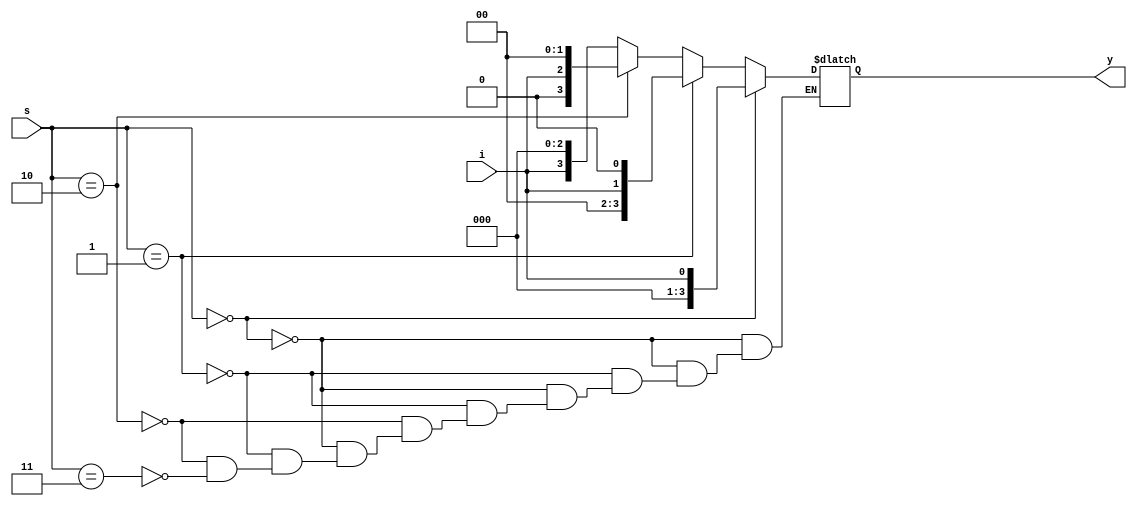
module _14mux(
  input [1:0] s,
  input i,
  // output [3:0] y
  output reg [3:0] y
);

  // assign y[0] = i & ~s[1] & ~s[0];
  // assign y[1] = i & ~s[1] & s[0];
  // assign y[2] = i & s[1] & ~s[0];
  // assign y[3] = i & s[1] & s[0];

  always @(*)
  begin
    if (s == 2'b00) y = {3'b000, i};
    else if (s == 2'b01) y = {2'b00, i, 1'b0};
    else if (s == 2'b10) y = {1'b0, i, 2'b00};
    else if (s == 2'b11) y = {i, 3'b000};
  end

  // always @(*)
  //   begin
  //     case (s)
  //       2'b00: y = {3'b000, i};
  //       2'b01: y = {2'b00, i, 1'b0};
  //       2'b10: y = {1'b0, i, 2'b00};
  //       2'b11: y = {i, 3'b000};
  //     endcase
  //   end

endmodule